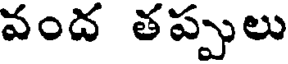
వంద తప్పులు